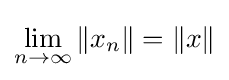
\lim _{n\to \infty }\Vert x_{n}\Vert =\Vert x\Vert